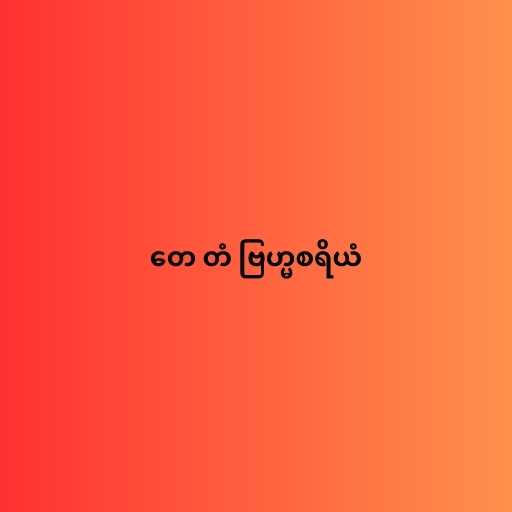
တေ တံ ဗြဟ္မစရိယံ